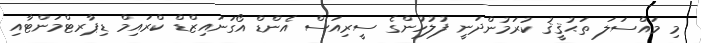
މި މައްސަލަ ތަޙުޤީޤު ކުރަމުންދަނީ ފުލުހުންގެ ސީރިއަސް އެންޑް އޯގަނައިޒްޑް ކްރައިމް ޑިޕާރޓްމަންޓާއި